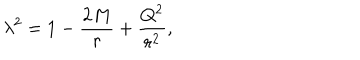
LaTeX: \lambda ^ { 2 } = 1 - \frac { 2 M } { r } + \frac { Q ^ { 2 } } { r ^ { 2 } } ,